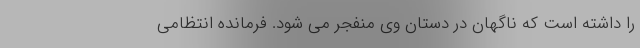
را داشته است که ناگهان در دستان وی منفجر می شود. فرمانده انتظامی